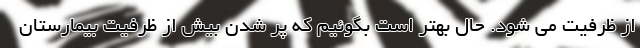
از ظرفیت می شود. حال بهتر است بگوئیم که پر شدن بیش از ظرفیت بیمارستان